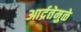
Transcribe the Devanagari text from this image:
आर्द्रतेमुळे